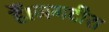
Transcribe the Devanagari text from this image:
हैं।जगदीश